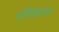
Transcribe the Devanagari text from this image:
एलिफ़ास